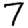
Digit: 7